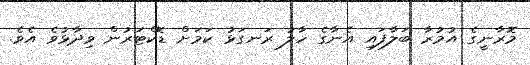
މޮރާނީގެ އުމުރާ ބަލާފައި އެނާގެ ހާލު ރަނގަޅު ކަމަށް ޑޮކްޓަރުން ވިދާޅުވެ އެވެ.